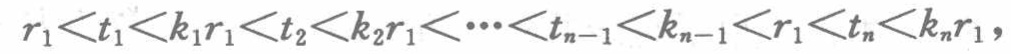
\(r_{1}<t_{1}<k_{1}r_{1}<t_{2}<k_{2}r_{1}<\cdots <t_{n - 1}<k_{n - 1}<r_{1}<t_{n}<k_{n}r_{1}\)